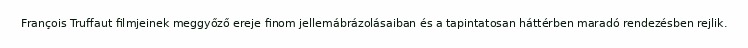
François Truffaut filmjeinek meggyőző ereje finom jellemábrázolásaiban és a tapintatosan háttérben maradó rendezésben rejlik.